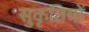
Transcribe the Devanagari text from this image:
सुकृतियों